Vital statistics of India. Vol. IV, Annual returns from 1871 to 1876. British Army of India, Native Army and jails of Bengal
Year: 1871
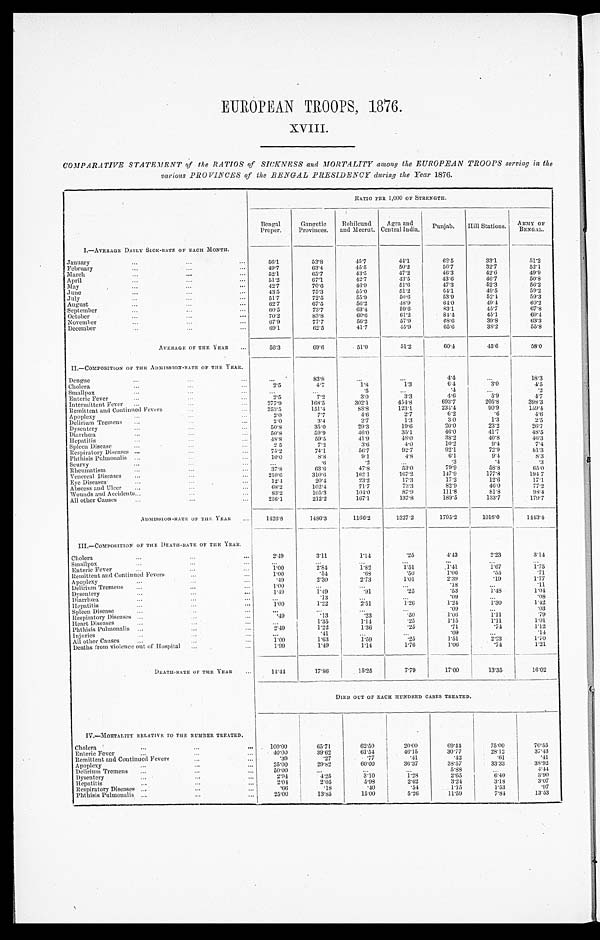
EUROPEAN TROOPS, 1876.
XVIII.
COMPARATIVE STATEMENT of the RATIOS of SICKNESS and MORTALITY among the EUROPEAN TROOPS serving in the
various PROVINCES of the BENGAL PRESIDENCY during the Year 1876.
RATIO PER 1,000 OF STRENGTH.
Bengal
Proper.
Gangetic
Provinces.
Rohilcund
and Meerut.
---------
Agra and
Central India. Punjab.
Hill Stations. ARMY OF
BENGAL.
I.—AVERAGE DAILY SICK-RATE OF EACH MONTH.
. . .
56.1
53.8
45.7
44.1
62.5
33.1
51.2
January
. . .
. . .
February
. . .
. . .
. . .
49.7
63.4
45.5
50.2
56.7
32.7
52.1
March
. . .
. . .
. . .
5 2 . 2
65.7
43.5
47.2
46.3
42.6
49.9
April
. . .
. . .
. . .
51.2
67.1
42.7
43.5
43.6
46.7
50.8
May
. . .
. . .
. . .
42. 7
70.6
46.9
51.6
47.3
52.3
56.2
J une
. . .
. . .
. . .
43. 5
75.3
55.0
51.2
5 4 . 1
49.5
5 9 . 2
July
. . .
. . .
. . .
51.7
72.5
55.9
50.6
53.9
52.4
59.3
August
...
. . .
. . .
6 2 . 7
67.5
56. 2
4 8 . 9 6 4 . 0
49.4
60.2
September
...
. . .
. . .
6 0 . 5
73.7
63.4
59.6
83.1
45.7
6 7 . 8
October
. . .
. . .
. . .
70.2
83.8
60. 6
61.9
8 4 . 4
45.1
69.4
November
. . .
. . .
...
67.9
77.7
56. 2
57.9
68.6
39.8
6 3 . 3
December
. . .
. . .
...
69.1
62.5
41.7
4 5 . 9 6 5 . 6
38.2
55.8
AVERAGE OF THE YEAR
.
...
56. 3
6 9 . 6
51.0
512
60.4
45.6
5 8 . 0
II.—COMPOSITION ON THE ADMISSION-RATE OF THE YEAR.
. . .
83'8
...
...
4.4
...
18.3
Dengue
. . .
...
...
Cholera
...
. . .
. . .
2.5
4.7
l . 8
1.3
6 . 4
3.0
4.5
Smallpox
. . .
...
...
...
...
. 5
. . . .
. .
.4
...
.2
Enteric Fever
. . .
. . .
...
2.5
7.2
3. 0
3.3
4.6
5.9
4 . 7
Intermittent Fever
. . .
...
. . .
2 7 7 . 9
168.5
302.1
454. 8
693.7
205.8
398.3
Remittent and Continued Fevers
. . .
. . .
253.5
151.4
88.8
123.1
234. 4
90.9
159. 4
Apoplexy
. . .
. . .
...
2 . 0
7.7
4.6
2.7
6.2
. 64.6
Delirium Tremens
. . .
. . .
. . .
2.0
3.4
2.7
1.3
3 . 0
1.3
2.5
Dysentery
. . .
. . .
. . .
50. 8
35.0
29.3
19.6
2 0 . 0
23.2
26.7
Diarrhœa
...
. . .
...
50. 8
59.9
4 6 . 0
35.1
46.0
41.7
48.5
Hepatitis
. . .
. . .
. . .
48. 8
59.5
41.9
48.0
38.2
40.8
46.3
Spleen Disease
. . .
. . .
. . .
2.5
7.2
3.6
4.0
10.2
9.4
7.4
Respiratory Diseases . . .
. . .
. . .
75. 2
74.1
56. 7
92.7
92.1
72.9
81.3
Phthisis Pulmonalis ...
. . .
...
10. 0
8.8
9.1
4.8
6.1
9.4
8.3
Scurvy
. . .
. . .
...
...
. 6
.2
. . .
.3
. 4 .3
Rheumatism
. . .
. . .
...
37.8
63.6
47. 8
53.0
79. 9
58.8
6 5 . 0
Venereal Diseases
...
...
. . .
210. 6
310. 6
162.1
167.2
147.9
177.8
194. 7
Eye Diseases
. . .
. . .
. . .
12.4
20.4
23.2
17.3
17.2
12.6
17.1
Abscess and Ulcer ...
. . .
. . .
68. 2
102.4
71.7
73.3
82.9
46.0
77.2
Wounds and Accidents...
. . .
...
83. 2
105.3
104.0
87.9
111.8
81.8
98.4
All other Cause
...
...
...
236.1
212.2
167.1
137.8
189.5
133.7
179.7
ADMISSION-RATAE OF THE YEAR ...
1426.8
1486.3
1166.2
1327.2
1795.2
1016.0
1143. 4
III.—COMPOSITION OF THE DEATH-RATE OF THE YEAR.
2.49
3.11
1.14
. 2 5
4.43
2.23
3.14
Cholera
...
. . .
. . .
Smallpox
. . .
. . .
...
...
...
. . . ...
...
...
...
Enteric FeveR
...
...
...
l.00
2.84
1.82
1.51
1'41
1.67
1.75
Remittent and Continued Fever
...
...
1 . 0 0
.54
.68
. 5 0
1.06
. 5 5 .71
Apoplexy
. . .
. . .
...
. 4 9
2.30
2.73
1.01
2.39
. 1 9
1.77
Delirium Tremens ...
. . .
...
1'00
. . .
. . .
. . . .18
...
.11
Dysentery
. . .
. . .
. . .
1.49
1.49
.91
. 2 5.53
1.48
1.04
Diarrhœa
...
...
...
...
.13
...
...
. 0 9
...
. 0 8
Hepatitis
. . .
. . .
. . .
1.00
1.22
2.51
1.26
l.24
1 . 3 0 1.42
Spleen Disease
. . .
. . .
...
...
...
. . .
. . . .09
...
.03
Respiratory Diseases ...
. . .
...
.49
.13
.23
. 5 0
1.06
1 . 1 1
.79
Heart Diseases
. . .
. . .
...
. . .
1.35
1.14
. 2 5
1.15
1.11
1.01
Phthisis Puhuonalis . . .
. . .
. . .
2.49
1 . 2 2 1.36
. 2 5.71
. 7 4
1.12
Injuries
. . .
. . .
...
...
. 4 1
...
. ..
. 0 9
...
.14
All other Cause
...
. . .
...
1 . 0 0
1.63
1.59
. 2 5
1.51
2.23
1.70
D e a t h s f r o m v i o l e n c e o u t o f H o s p i t a l . . .
...
1.99
1.49
1.14
1.76
1.06
. 7 4
1.21
DEATH-RATE OF THE YEAR
...
14.44
17.86
15. 25
7.79
17.00
13.35
16.02
DIED OUT OF EACH HUNDRED CASES TREATED.
1V.—MORTALITY RELATIVE TO THE NUMBER TREATED.
100.00
65.71
62.50
20.00
69.44
75.00
70.55
Choler
...
...
...
Enteric Fever
...
. . .
. . .
4 0 . 0 0
39.62
6 1 . 5 4
4 6 . 1 5 30.77
28.12
37.43
Remittent and Continued Fever
. . .
...
. 3 9 .27
. 7 7
.41
. 42
. 6 1 .41
Apoplexy
. . .
. . .
. . .
2 5 . 0 0!
,
29.82
60.00
36.37
38.57
33.33
38.92
Delirium Tremens ...
. . .
. . .
50.00
. . .
. . .
. . . 5.88
...
4.44
Dysentery
. . .
. . .
...
2 . 9 4
4.25
3.10
1.28
2.65
6.40
3.90
He p a t i t i s
. .
. . .
...
2.04
2.05
5.98
2.62
3.24
3.18
3.07
Respiratory Diseases . . .
. . .
...
.66
.18
.40
.54
1.15
1.53
.97
Phthisis Pulmonalis ...
. . .
...
25.00
13.85
15.00
5.26
11.59
7.81
13.53